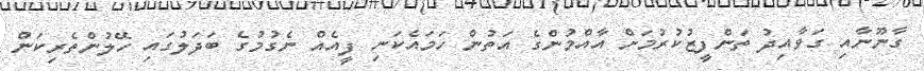
ގާނޫނާއި ގަވާއިދު ތަންފީޒުކުރުމަށް އާއްމުންގެ އަތުން ހަމައެކަނި ފީއެއް ނެގުމުގެ ބަދަލުގައި ހޭލުންތެރިކަން